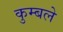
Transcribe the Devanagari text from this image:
कुम्बले